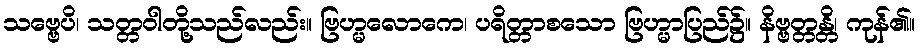
သဗ္ဗေပိ၊ သတ္တဝါတို့သည်လည်း။ ဗြဟ္မလောကေ၊ ပရိတ္တာစသော ဗြဟ္မာပြည်၌။ နိဗ္ဗတ္တန္တိ၊ ကုန်၏။